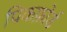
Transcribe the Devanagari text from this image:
पिकफ़ोर्ड